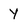
Character: Y